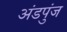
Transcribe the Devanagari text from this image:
अंडपुंज